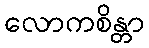
လောကစိန္တာ